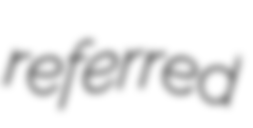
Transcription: referred